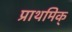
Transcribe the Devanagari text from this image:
प्राथमिक्